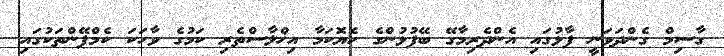
ގާސިމް ގެންދަވަނީ ފާޅުގައި އެންދެރިމާގޭ ބޭފުޅުންގެ ހެޔޮކަމާ އިޚްލާސްތެރި ކަމުގެ ވާހަކަ ކެމްޕޭންތަކުގައި